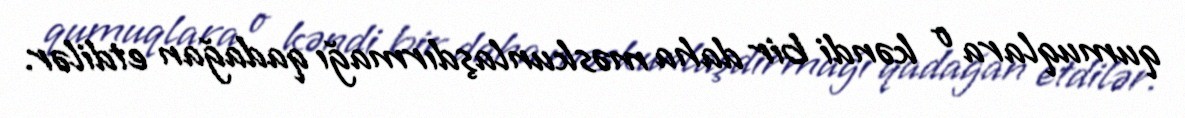
qumuqlara o kəndi bir daha məskunlaşdırmağı qadağan etdilər.